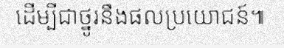
ដើម្បីជាថ្នូរនឹងផលប្រយោជន៍៕